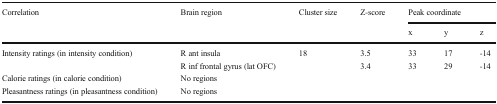
<table><thead><tr><td rowspan="2"><b>Correlation</b></td><td rowspan="2"><b>Brain region</b></td><td rowspan="2"><b>Cluster size</b></td><td rowspan="2"><b>Z-score</b></td><td colspan="3"><b>Peak coordinate</b></td></tr><tr><td><b>x</b></td><td><b>y</b></td><td><b>z</b></td></tr></thead><tbody><tr><td rowspan="2">Intensity ratings (in intensity condition)</td><td>R ant insula</td><td>18</td><td>3.5</td><td>33</td><td>17</td><td>-14</td></tr><tr><td>R inf frontal gyrus (lat OFC)</td><td></td><td>3.4</td><td>33</td><td>29</td><td>-14</td></tr><tr><td>Calorie ratings (in calorie condition)</td><td>No regions</td><td></td><td></td><td></td><td></td><td></td></tr><tr><td>Pleasantness ratings (in pleasantness condition)</td><td>No regions</td><td></td><td></td><td></td><td></td><td></td></tr></tbody></table>